Jaan_Tonisson_(Lasteleht), lk 398
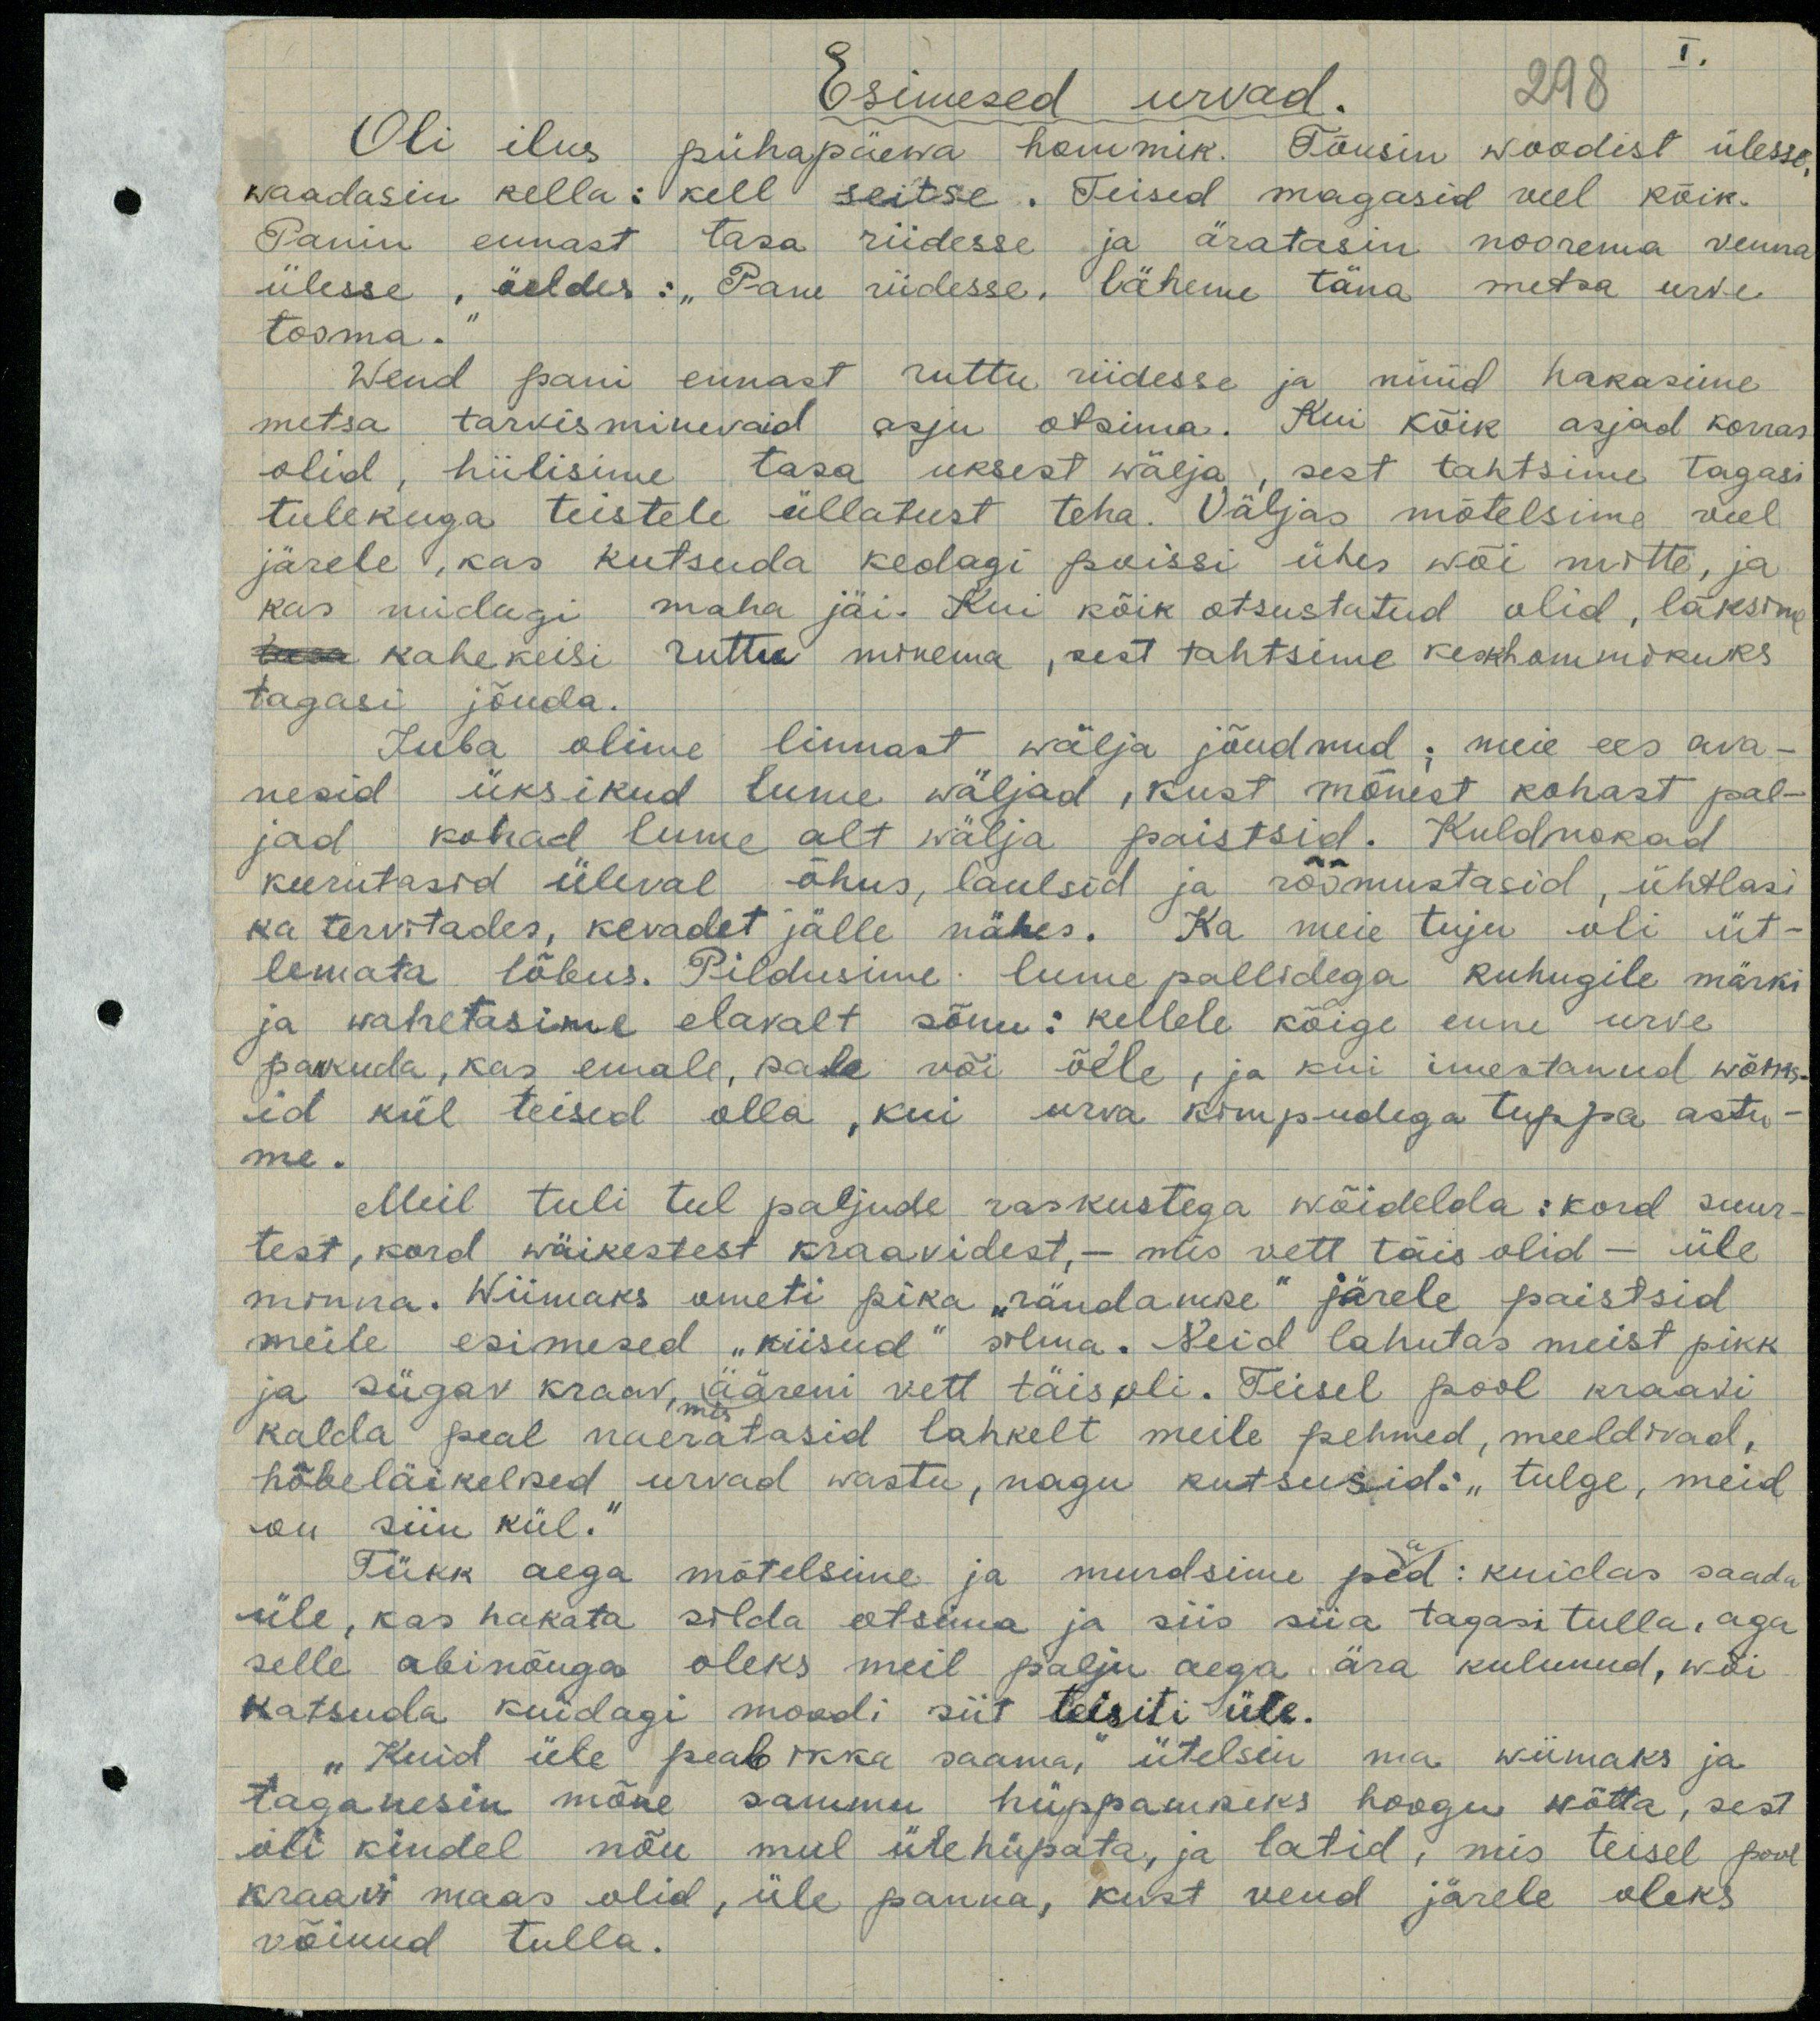
Esimesed urvad. 298
I
Oli ilus pühapäewa hommik. Tõusin woodist ülesse,
waadasin kella: kell seitse. Teised magasid veel kõik.
Panin ennast tasa riidesse ja äratasin noorema venna
ülesse, öeldes: "Pane riidesse, läheme täna metsa urve
tooma.“
Wend pani ennast ruttu riidesse ja nüüd hakasime
metsa tarvisminevaid asju otsima. Kui kõik asjad korras
olid, hiilisime tasa uksest wälja, sest tahtsime tagasi
tulekuga teistele üllatust teha. Väljas mõtelsime veel
järele, kas kutsuda kedagi poissi ühes wõi mitte, ja
kas midagi maha jäi. Kui kõik otsustatud olid, läksime
kahekesi ruttu minema, sest tahtsime keskhommikuks
tagasi jõuda.
Juba olime linnast wälja jõudnud; meie ees ava-
nesid üksikud lume wäljad, kust mõnest kohast pal-
jad kohad lume alt välja paistsid. Kuldnokad
keerutasid üleval õhus, laulsid ja rõõmustasid, ühtlasi
ka tervitades, kevadet jälle nähes. Ka meie tuju oli üt-
lemata lõbus. Pildusime lume pallidega kuhugile märki
ja wahetasime elavalt sõnu: kellele kõige enne urve
pakkuda, kas emale, isale või õele, ja kui imestanud wõiks-
id kül teised olla, kui urva kimpudega tuppa astu-
me.
Meil tuli teel paljude raskustega wõidelda: kord suur-
test, kord wäikestest kraavidest, - mis vett täis olid - üle
minna. Wiimaks ometi pika "rändamise" järele paistsid
meile esimesed "kiisud" silma. Neid lahutas meist pikk
ja sügav kraav, ääreni vett täis oli. Teisel pool kraavi
mis
kalda peal naeratasid lahkelt meile pehmed, meeldivad,
hõbeläikelised urvad wastu, nagu kutsusid: "tulge, meid
on siin kül.“
Tükk aega mõtelsime ja murdsime pead: kuidas saada
üle, kas hakata silda otsima ja siis siia tagasi tulla, aga
selle abinõuga oleks meil palju aega ära kulunud, wõi
katsuda kuidagi moodi siit teisiti üle.
"Kuid üle peab ikka saama," ütelsin ma wiimaks ja
taganesin mõne sammu hüppamiseks hoogu wõtta, sest
oli kindel nõu mul ülehüpata, ja latid, mis teisel pool
kraavi maas olid, üle panna, kust vend järele oleks
võinud tulla.